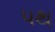
પથ